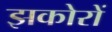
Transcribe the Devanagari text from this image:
झकोरों